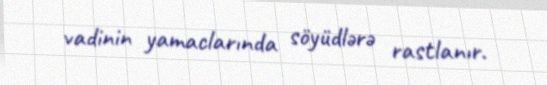
vadinin yamaclarında söyüdlərə rastlanır.